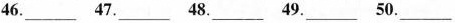
46.___ 47.___ 48.___ 49.___ 50.___